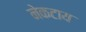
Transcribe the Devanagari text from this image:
नेकटाय